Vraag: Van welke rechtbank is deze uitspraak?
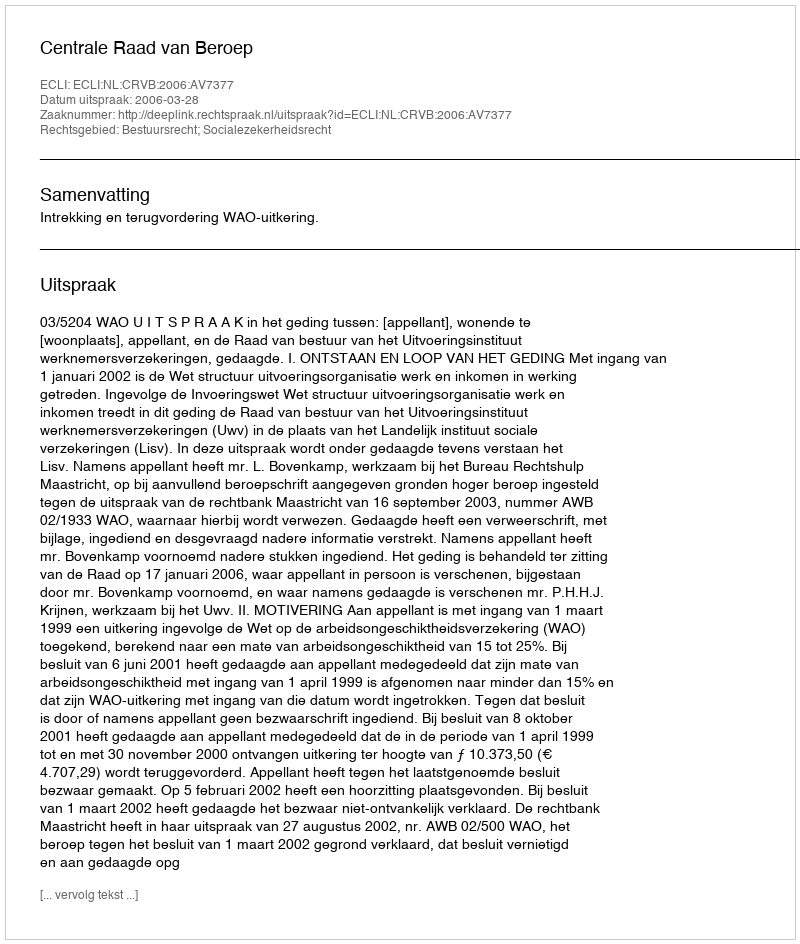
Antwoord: Centrale Raad van Beroep